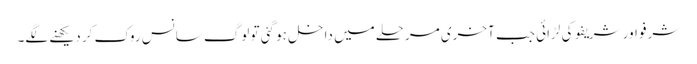
شرفو اور شریفو کی لڑائی جب آخری مرحلے میں داخل ہو گئی تو لوگ سانس روک کر دیکھنے لگے۔